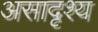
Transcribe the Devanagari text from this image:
असादृश्य